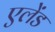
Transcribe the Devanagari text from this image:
एलेंड